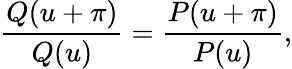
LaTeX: \frac{Q(u+\pi)}{Q(u)}=\frac{P(u+\pi)}{P(u)},